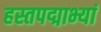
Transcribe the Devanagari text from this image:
हस्तपद्माभ्यां